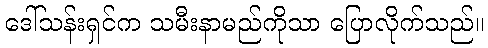
ဒေါ်သန်းရှင်က သမီးနာမည်ကိုသာ ပြောလိုက်သည်။